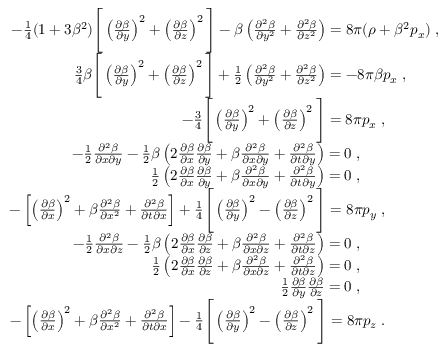
\begin{array} { r l } { - \frac { 1 } { 4 } ( 1 + 3 \beta ^ { 2 } ) \Bigg [ \left( \frac { \partial \beta } { \partial y } \right) ^ { 2 } + \left( \frac { \partial \beta } { \partial z } \right) ^ { 2 } \Bigg ] - \beta \left( \frac { \partial ^ { 2 } \beta } { \partial y ^ { 2 } } + \frac { \partial ^ { 2 } \beta } { \partial z ^ { 2 } } \right) = 8 \pi ( \rho + \beta ^ { 2 } p _ { x } ) \; , } & { } \\ { \frac { 3 } { 4 } \beta \Bigg [ \left( \frac { \partial \beta } { \partial y } \right) ^ { 2 } + \left( \frac { \partial \beta } { \partial z } \right) ^ { 2 } \Bigg ] + \frac { 1 } { 2 } \left( \frac { \partial ^ { 2 } \beta } { \partial y ^ { 2 } } + \frac { \partial ^ { 2 } \beta } { \partial z ^ { 2 } } \right) = - 8 \pi \beta p _ { x } \; , \; \; \; \; \; \; \; \; } & { } \\ { - \frac { 3 } { 4 } \Bigg [ \left( \frac { \partial \beta } { \partial y } \right) ^ { 2 } + \left( \frac { \partial \beta } { \partial z } \right) ^ { 2 } \Bigg ] = 8 \pi p _ { x } \; , \; \; \; \; \; \; \; \; \; \; \; \; \; } & { } \\ { - \frac { 1 } { 2 } \frac { \partial ^ { 2 } \beta } { \partial x \partial y } - \frac { 1 } { 2 } \beta \left( 2 \frac { \partial \beta } { \partial x } \frac { \partial \beta } { \partial y } + \beta \frac { \partial ^ { 2 } \beta } { \partial x \partial y } + \frac { \partial ^ { 2 } \beta } { \partial t \partial y } \right) = 0 \; , \; \; \; \; \; \; \; \; \; \; \; \; \; \; \; \; \; \; \; } & { } \\ { \frac { 1 } { 2 } \left( 2 \frac { \partial \beta } { \partial x } \frac { \partial \beta } { \partial y } + \beta \frac { \partial ^ { 2 } \beta } { \partial x \partial y } + \frac { \partial ^ { 2 } \beta } { \partial t \partial y } \right) = 0 \; , \; \; \; \; \; \; \; \; \; \; \; \; \; \; \; \; \; \; \; } & { } \\ { - \left[ \left( \frac { \partial \beta } { \partial x } \right) ^ { 2 } + \beta \frac { \partial ^ { 2 } \beta } { \partial x ^ { 2 } } + \frac { \partial ^ { 2 } \beta } { \partial t \partial x } \right] + \frac { 1 } { 4 } \Bigg [ \left( \frac { \partial \beta } { \partial y } \right) ^ { 2 } - \left( \frac { \partial \beta } { \partial z } \right) ^ { 2 } \Bigg ] = 8 \pi p _ { y } \; , \; \; \; \; \; \; \; \; \; \; \; \; \; } & { } \\ { - \frac { 1 } { 2 } \frac { \partial ^ { 2 } \beta } { \partial x \partial z } - \frac { 1 } { 2 } \beta \left( 2 \frac { \partial \beta } { \partial x } \frac { \partial \beta } { \partial z } + \beta \frac { \partial ^ { 2 } \beta } { \partial x \partial z } + \frac { \partial ^ { 2 } \beta } { \partial t \partial z } \right) = 0 \; , \; \; \; \; \; \; \; \; \; \; \; \; \; \; \; \; \; \; \; } & { } \\ { \frac { 1 } { 2 } \left( 2 \frac { \partial \beta } { \partial x } \frac { \partial \beta } { \partial z } + \beta \frac { \partial ^ { 2 } \beta } { \partial x \partial z } + \frac { \partial ^ { 2 } \beta } { \partial t \partial z } \right) = 0 \; , \; \; \; \; \; \; \; \; \; \; \; \; \; \; \; \; \; \; \; } & { } \\ { \frac { 1 } { 2 } \frac { \partial \beta } { \partial y } \frac { \partial \beta } { \partial z } = 0 \; , \; \; \; \; \; \; \; \; \; \; \; \; \; \; \; \; \; \; \; } & { } \\ { - \left[ \left( \frac { \partial \beta } { \partial x } \right) ^ { 2 } + \beta \frac { \partial ^ { 2 } \beta } { \partial x ^ { 2 } } + \frac { \partial ^ { 2 } \beta } { \partial t \partial x } \right] - \frac { 1 } { 4 } \Bigg [ \left( \frac { \partial \beta } { \partial y } \right) ^ { 2 } - \left( \frac { \partial \beta } { \partial z } \right) ^ { 2 } \Bigg ] = 8 \pi p _ { z } \; . \; \; \; \; \; \; \; \; \; \; \; \; \; } & { } \end{array}